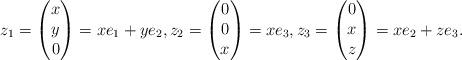
LaTeX: \begin{align*}z_1=\begin{pmatrix} x\\ y\\ 0\end{pmatrix}=xe_1+ye_2,z_2=\begin{pmatrix} 0\\ 0\\ x\end{pmatrix}=xe_3,z_3=\begin{pmatrix} 0\\ x\\ z\end{pmatrix}=xe_2+ze_3.\end{align*}